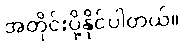
အတိုင်းပို့နိုင်ပါတယ်။